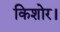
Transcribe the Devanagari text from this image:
किशोर।